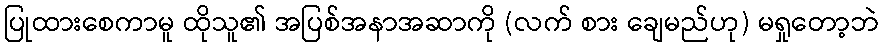
ပြုထားစေကာမူ ထိုသူ၏ အပြစ်အနာအဆာကို (လက် စား ချေမည်ဟု) မရှုတော့ဘဲ